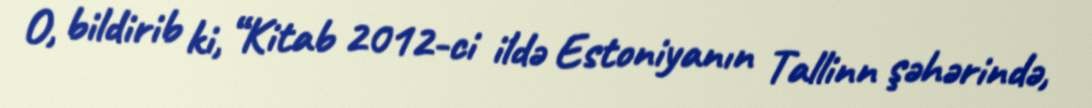
O, bildirib ki, “Kitab 2012-ci ildə Estoniyanın Tallinn şəhərində,